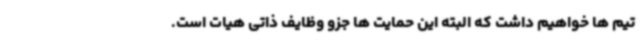
تیم ها خواهیم داشت که البته این حمایت ها جزو وظایف ذاتی هیات است.